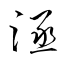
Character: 涵